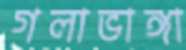
গলাভাঙ্গা